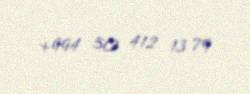
+994 50 412 13 79